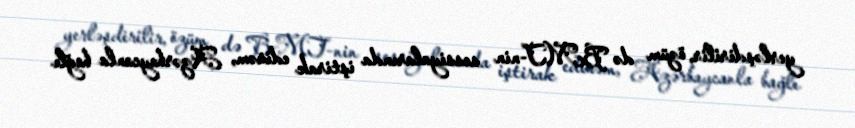
yerləşdirilir, özüm də BMT-nin sessiyalarında iştirak edirəm, Azərbaycanla bağlı